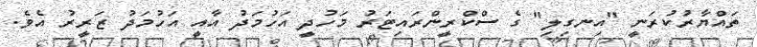
ތައްޔާރުކުރަނީ "އިނގިލި" ގެ ސްކްރީންރައިޓަރު މަހުދީ އަހުމަދު އާއީ އަހުމަދު ޒަރީރު އެވެ.